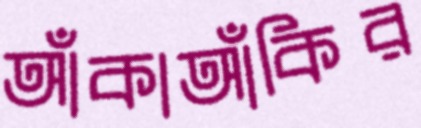
আঁকাআঁকির